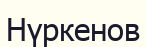
Нүркенов